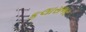
કલાસભર